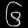
Digit: ၆